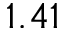
1 . 4 1